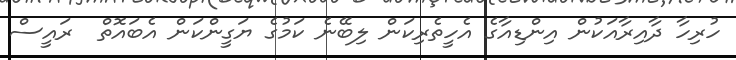
ހުރިހާ ދާއިރާއަކުން އިންޑިއާގެ އެހީތެރިކަން ލިބޭނެ ކަމުގެ ޔަގީންކަން އެބައޮތް  ރައީސް